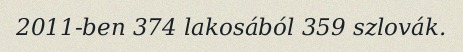
2011-ben 374 lakosából 359 szlovák.